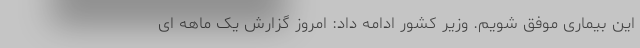
این بیماری موفق شویم. وزیر کشور ادامه داد: امروز گزارش یک ماهه ای